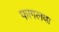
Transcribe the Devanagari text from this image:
फागलवा